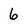
Character: 6